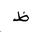
Letter: _za